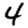
Digit: 4